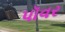
પૉવર